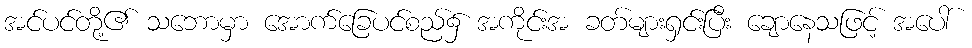
အင်ပင်တို့၏ သဘောမှာ အောက်ခြေပင်စည်၌ အကိုင်းအ ခတ်များရှင်းပြီး ချောနေသဖြင့် အပေါ်